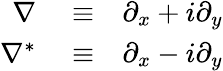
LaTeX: \begin{array}{rlr}{\nabla}&{{}\equiv}&{\partial_{x}+i\partial_{y}}\\ {\nabla^{*}}&{{}\equiv}&{\partial_{x}-i\partial_{y}}\end{array}